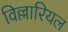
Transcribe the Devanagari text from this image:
विल्लारियल